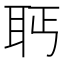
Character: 𰭵